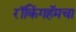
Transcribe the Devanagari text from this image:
रॉकिंगहॅमचा